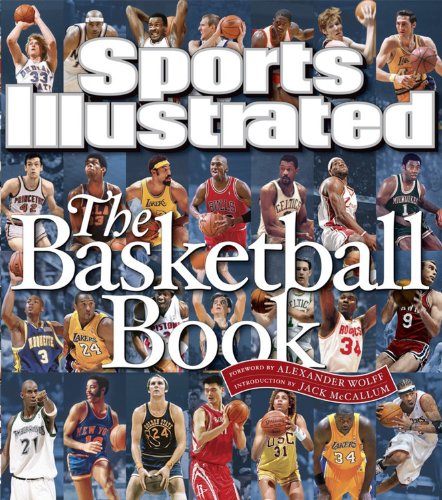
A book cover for Sports Illustrated: The Basketball Book; Editors of Sports Illustrated; Literature & Fiction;